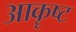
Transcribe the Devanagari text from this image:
आकॄष्ट